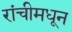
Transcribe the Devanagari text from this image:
रांचीमधून